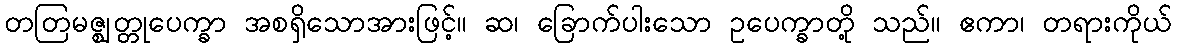
တတြမဇ္ဈတ္တုပေက္ခာ အစရှိသောအားဖြင့်။ ဆ၊ ခြောက်ပါးသော ဥပေက္ခာတို့ သည်။ ဧကာ၊ တရားကိုယ်